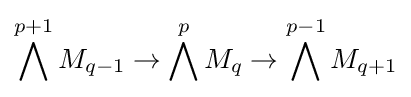
\bigwedge ^{p+1}M_{q-1}\rightarrow \bigwedge ^{p}M_{q}\rightarrow \bigwedge ^{p-1}M_{q+1}